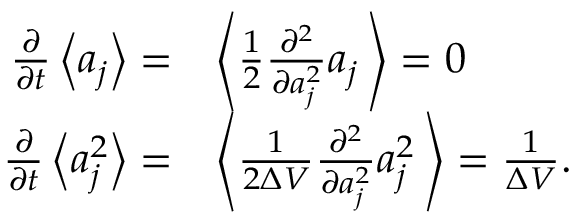
\begin{array} { r l } { \frac { \partial } { \partial t } \left\langle a _ { j } \right\rangle = } & { \left\langle \frac { 1 } { 2 } \frac { \partial ^ { 2 } } { \partial a _ { j } ^ { 2 } } a _ { j } \, \right\rangle = 0 } \\ { \frac { \partial } { \partial t } \left\langle a _ { j } ^ { 2 } \right\rangle = } & { \left\langle \frac { 1 } { 2 \Delta V } \frac { \partial ^ { 2 } } { \partial a _ { j } ^ { 2 } } a _ { j } ^ { 2 } \, \right\rangle = \frac { 1 } { \Delta V } . } \end{array}